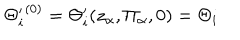
{ \Theta _ { i } ^ { \prime } } ^ { ( 0 ) } = \Theta _ { i } ^ { \prime } ( z _ { \alpha } , \Pi _ { \alpha } , 0 ) = \Theta _ { i }